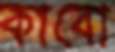
কাবো